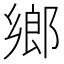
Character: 鄉